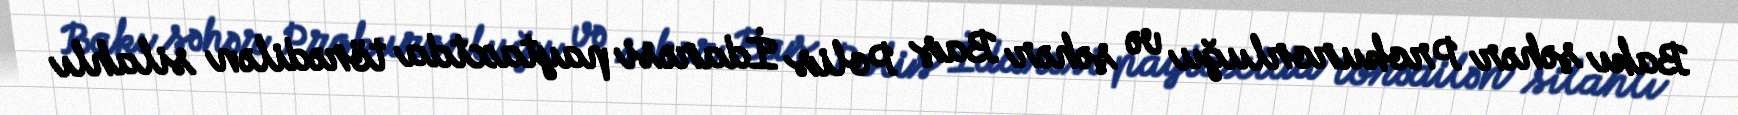
Bakı şəhər Prokurorluğu və şəhər Baş Polis İdarəsi paytaxtda törədilən silahlı